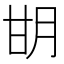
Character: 𰢨